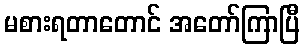
မစားရတာတောင် အတော်ကြာပြီ